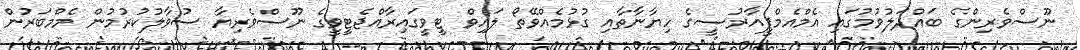
ނޫސްވެރިންގެ ބައްދަލުވުމުގައި އެމްއެމްޕީއާރުސީގެ ހިޔާނާތާއި ގުޅުމެއްވޭތޯ ލައިވް ޓީވީގައިރާއްޖެޓީވީގެ ނޫސްވެރިޔާ ސުވާލުކުރުމުން މެމްބަރުން